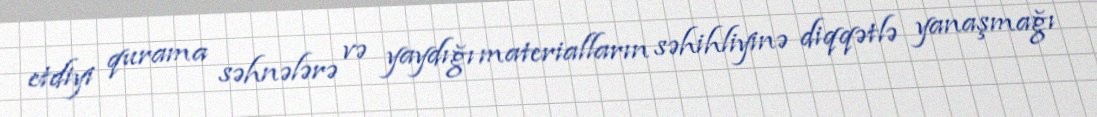
etdiyi qurama səhnələrə və yaydığı materialların səhihliyinə diqqətlə yanaşmağı